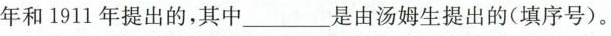
年和1911年提出的，其中___是由汤姆生提出的(填序号)。